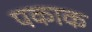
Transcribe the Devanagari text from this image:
पकाक